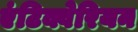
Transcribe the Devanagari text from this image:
एंटिक्वेरियन